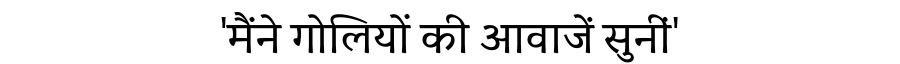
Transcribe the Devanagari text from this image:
'मैंने गोलियों की आवाजें सुनीं'